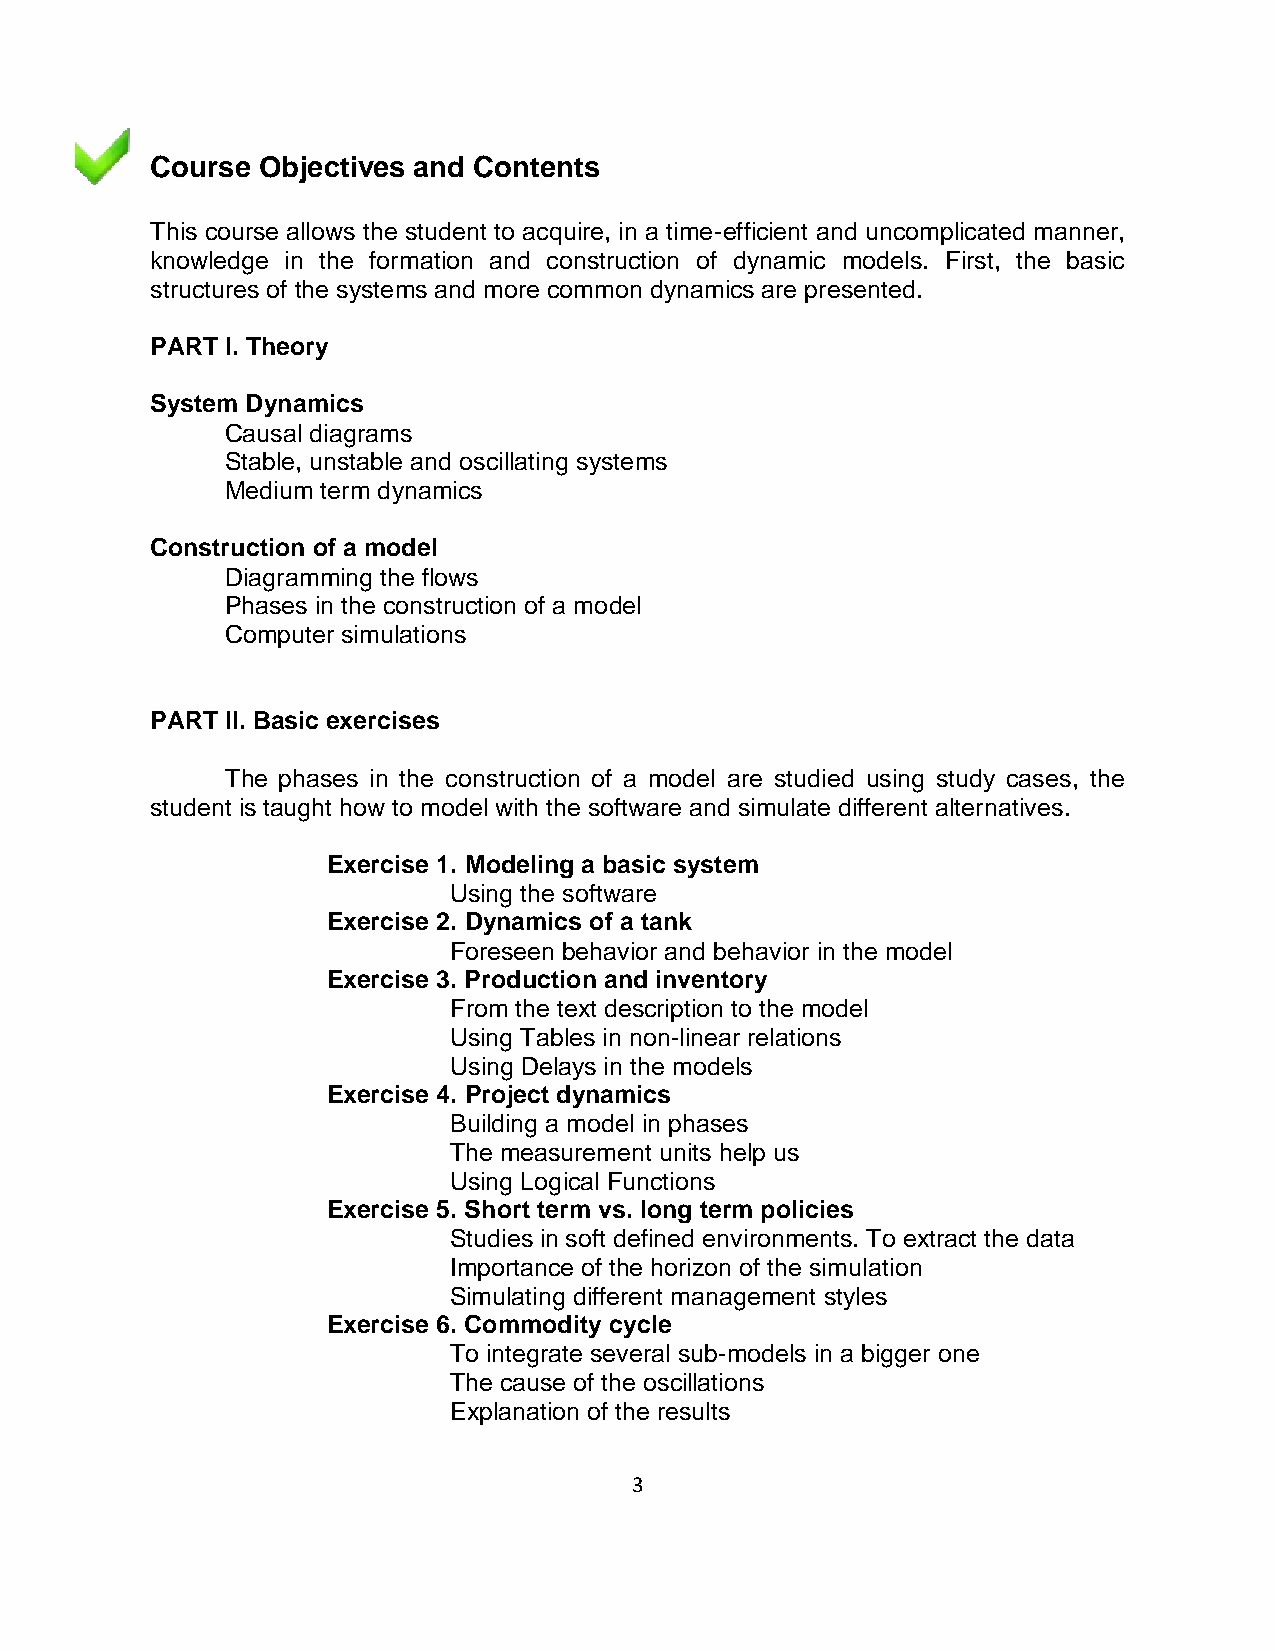
Course Objectives and Contents
 This course allows the student to acquire, in a time-efficient and uncomplicated manner,
 knowledge in the formation and construction of dynamic models. First, the basic
 structures of the systems and more common dynamics are presented.
 PART I. Theory
 System Dynamics
 Causal diagrams
 Stable, unstable and oscillating systems
 Medium term dynamics
 Construction of a model
 Diagramming the flows
 Phases in the construction of a model
 Computer simulations
 PART II. Basic exercises
 The phases in the construction of a model are studied using study cases, the
 student is taught how to model with the software and simulate different alternatives.
 Exercise 1. Modeling a basic system
 Using the software
 Exercise 2. Dynamics of a tank
 Foreseen behavior and behavior in the model
 Exercise 3. Production and inventory
 From the text description to the model
 Using Tables in non-linear relations
 Using Delays in the models
 Exercise 4. Project dynamics
 Building a model in phases
 The measurement units help us
 Using Logical Functions
 Exercise 5. Short term vs. long term policies
 Studies in soft defined environments. To extract the data
 Importance of the horizon of the simulation
 Simulating different management styles
 Exercise 6. Commodity cycle
 To integrate several sub-models in a bigger one
 The cause of the oscillations
 Explanation of the results
 3